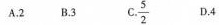
A.2 B.3 C.\frac{5}{2} D.4